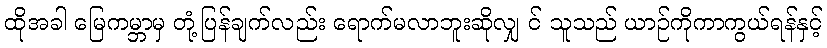
ထိုအခါ မြေကမ္ဘာမှ တုံ့ပြန်ချက်လည်း ရောက်မလာဘူးဆိုလျှ င် သူသည် ယာဉ်ကိုကာကွယ်ရန်နှင့်